Vabadussoja_Ajaloo_Komitee, lk 14
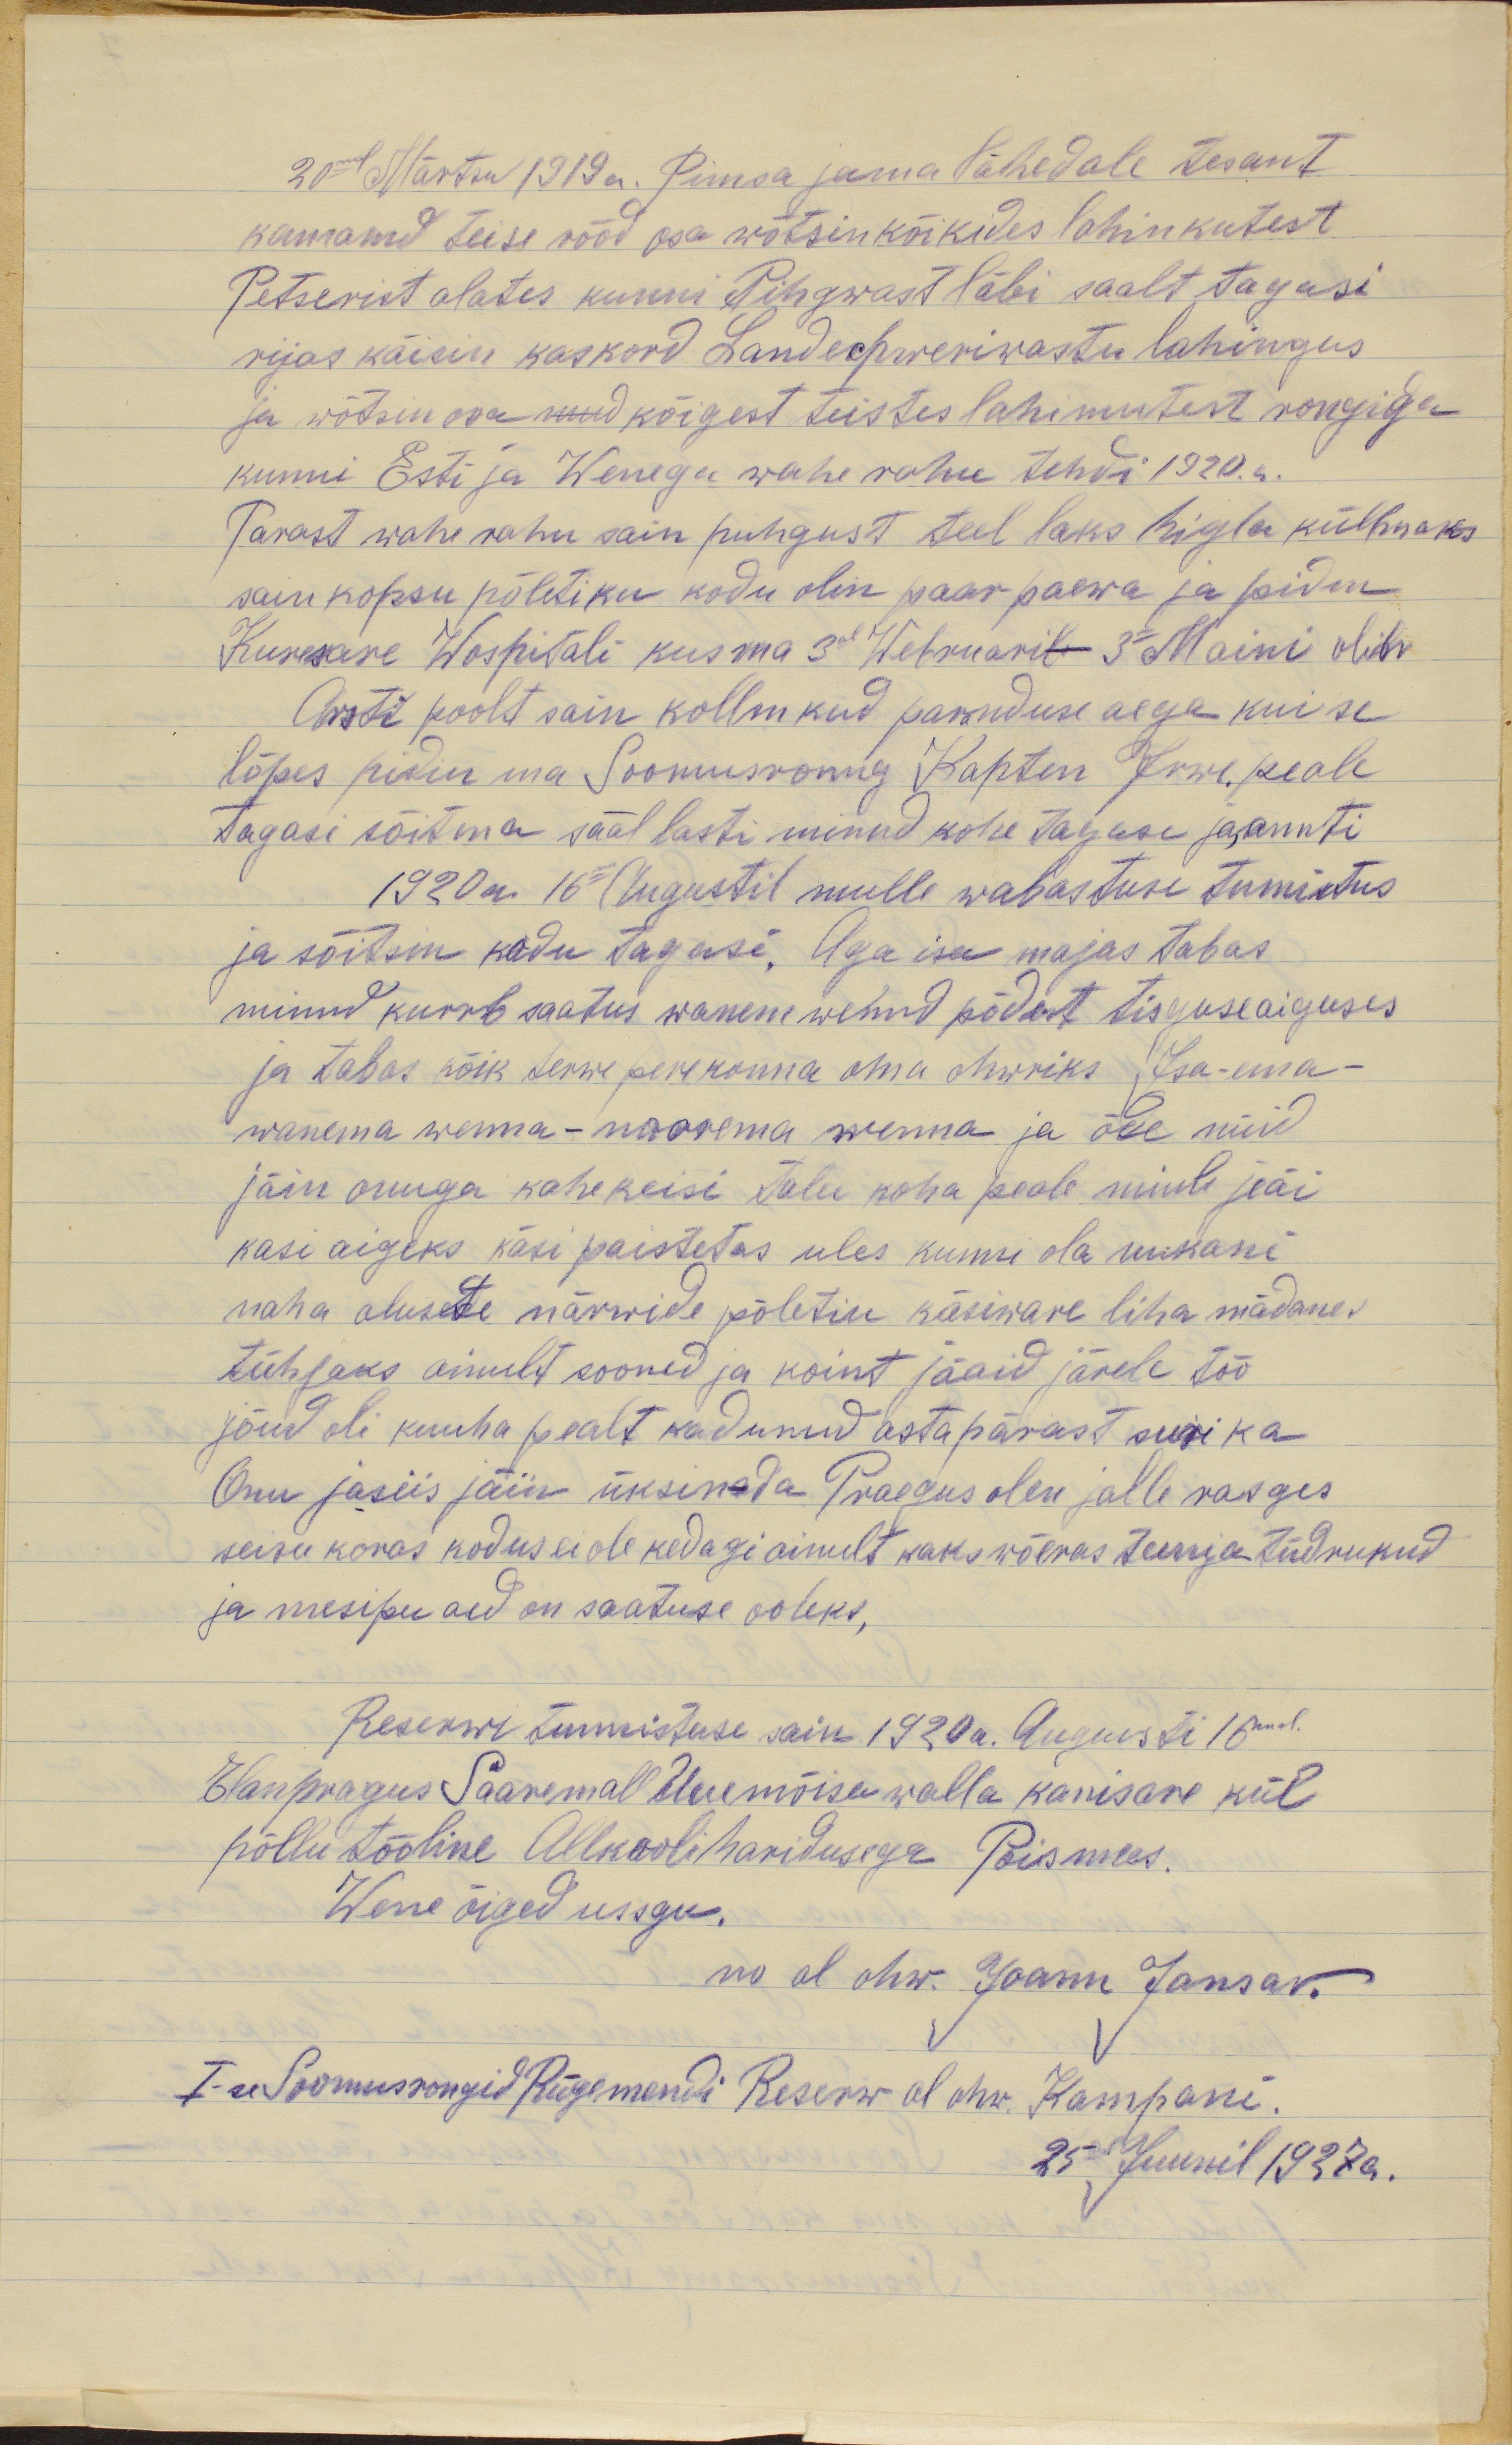
20mal Märtsu 1919a. Pimsa jama lähedale tesant
komamd teise rood osa wõtsin kõikides lahinkutest
Petserist alates kunni Pihgwast läbi saalt tagasi
rijas käisin kaskord Landechweriwastu lahingus
ja wõdsin osa kõigest teistes lahingutest rongiga
kunni Esti ja Wenega wahe rahu tehdi 1920.a.
Parast wahe rahu sain puhgust teel laks higla külmaks
sain kopsu põletiku kodu olin paar paewa ja pidin
Kuresare Hospitali kus ma 3al Webruaril 3a Maini olin
Arsti poolt sain kollm kud paranduse aega kui se
lõpes pidin ma Soomusronng Kapten Irwe peale
tagasi sõitma sääl lasti mind kohe tagasi ja annti
1920a. 16nel Augustil mulle wabastuse tunistus
ja sõitsin kodu tagasi. Aga isa majas tabas
minnd kurrb saatus wanem wennd põdest tisgushaiguses
ja tabas kõik terwe perekonna oma ohwriks Isa-ema-
wanema wenna-noorema wenna ja õde nüüd
jäin onuga kahekesi talu koha peale minul jeäi
kasi aigeks käsi paistetas ules kunni ola wikani
naha alusete närwide põletiku käsiware liha mädanes
tühjaks ainult sooned ja koint jääid järele töö
jõud oli kuuha pealt kadunud astapärast suri ka
Onu jasiis jäin üksinada Praegus olen jalle rasges
seisu koras kodus ei ole kedagi ainult kaks võeras Teenja tüdrukud
ja mesipu aed on saatuse ooleks,
Reserwi tunnistuse sain 1920a. Augusti 16mal.
Elan pragus Saaremall Uuemõisa walla kanisare kül
põllu tööline Allkooli haridusega Poismees.
Wene õiged ussgu.
no al ohw. Joann Jansar.
I-se Soomusrongid Rügemendi Reserw al ohw. Kompani.
25 Juunil 1927a.